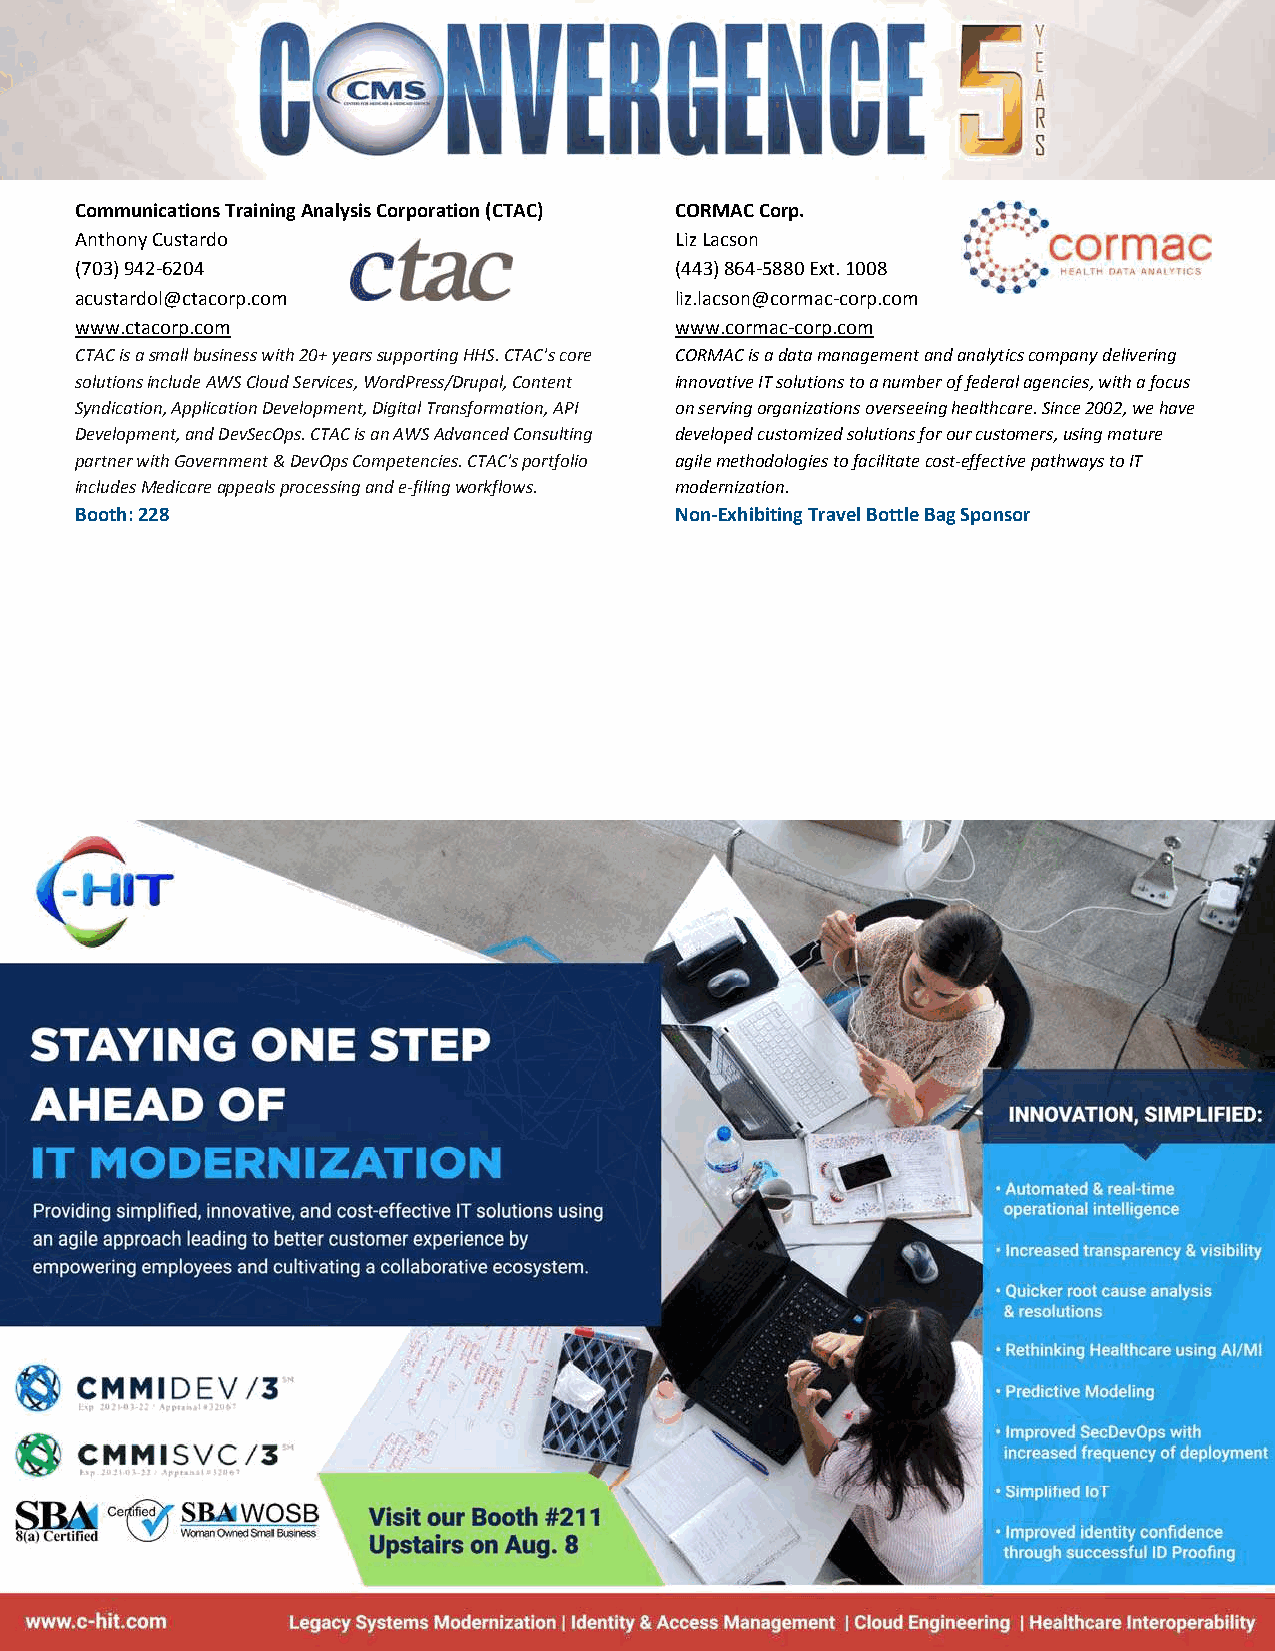
Communications Training Analysis Corporation (CTAC) CORMAC Corp.
 Anthony Custardo                        Liz Lacson
 (703) 942‐6204                          (443) 864‐5880 Ext. 1008
 acustardol@ctacorp.com                  liz.lacson@cormac‐corp.com
 www.ctacorp.com                         www.cormac‐corp.com
 CTAC is a small business with 20+ years supporting HHS. CTAC's core CORMAC is a data management and analytics company delivering
 solutions include AWS Cloud Services, WordPress/Drupal, Content innovative IT solutions to a number of federal agencies, with a focus
 Syndication, Application Development, Digital Transformation, API on serving organizations overseeing healthcare. Since 2002, we have
 Development, and DevSecOps. CTAC is an AWS Advanced Consulting developed customized solutions for our customers, using mature
 partner with Government & DevOps Competencies. CTAC's portfolio agile methodologies to facilitate cost‐effective pathways to IT
 includes Medicare appeals processing and e‐filing workflows. modernization.
 Booth: 228                              Non‐Exhibiting Travel Bottle Bag Sponsor
 Published as of: 8/2/19